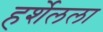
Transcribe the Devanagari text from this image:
हर्शेलला